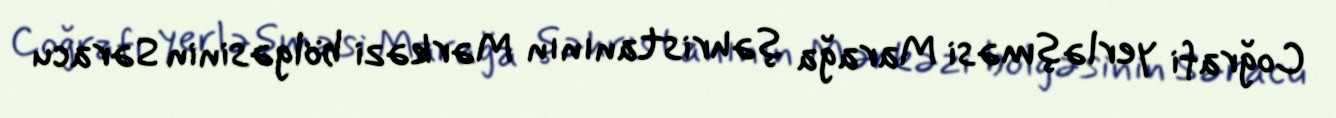
Coğrafi yerləşməsi Marağa şəhristanının Mərkəzi bölgəsinin Səracu